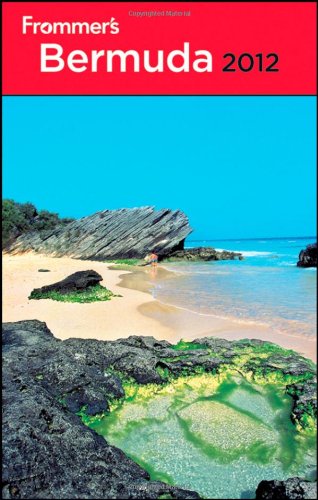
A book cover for Frommer's Bermuda 2012 (Frommer's Complete Guides); Darwin Porter; Travel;